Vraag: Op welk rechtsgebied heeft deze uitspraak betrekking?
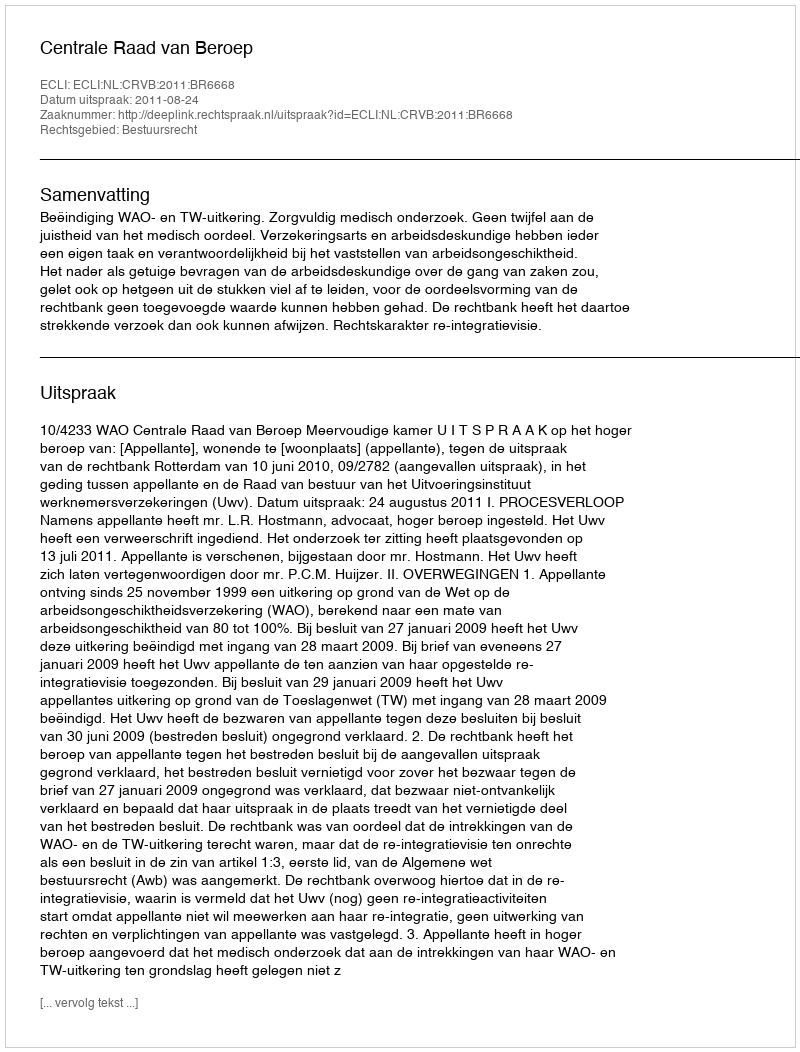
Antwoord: Bestuursrecht